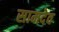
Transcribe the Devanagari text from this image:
सामदेव